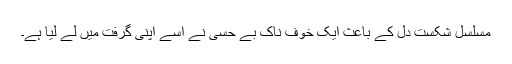
مسلسل شکست دل کے باعث ایک خوف ناک بے حسی نے اسے اپنی گرفت میں لے لیا ہے۔